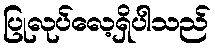
ပြုလုပ်လေ့ရှိပါသည်